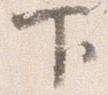
下